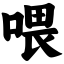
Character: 喂